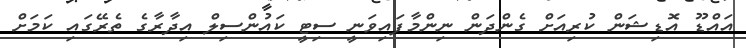
އައްޑޫ އޮޑިޝަން ކުރިއަށް ގެންދަން ނިންމާފައިވަނީ ސިޓީ ކައުންސިލް އިދާރާގެ ތެރޭގައި ކަމަށް